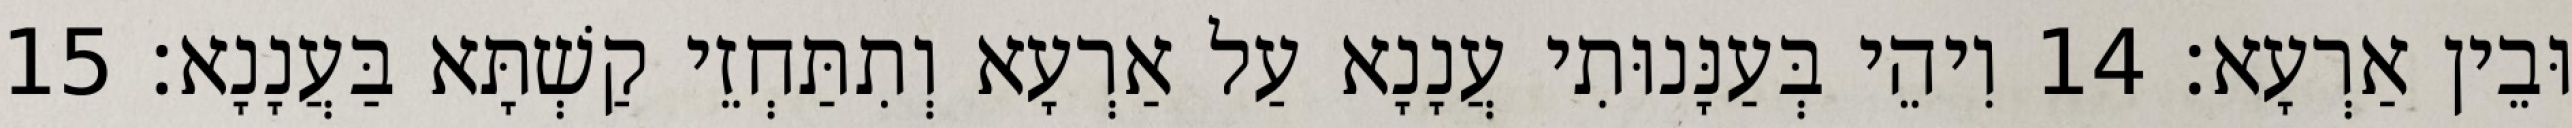
וּבֵין אַרְעָא׃ 14 וִיהֵי בְּעַנָּנוּתִי עֲנָנָא עַל אַרְעָא וְתִתַּחְזֵי קַשְׁתָּא בַּעֲנָנָא׃ 15